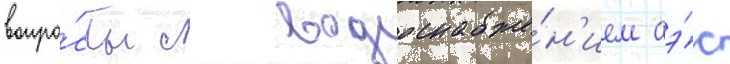
вопро́сы с водоснабже́н'ием аэ́с